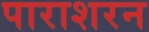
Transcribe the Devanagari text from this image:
पाराशरन